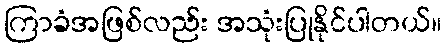
ကြာခံအဖြစ်လည်း အသုံးပြုနိုင်ပါတယ်။